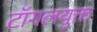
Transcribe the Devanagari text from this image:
टॉगलयुक्त